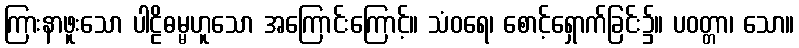
ကြားနာဖူးသော ပါဠိဓမ္မဟူသော အကြောင်းကြောင့်။ သံဝရေ၊ စောင့်ရှောက်ခြင်း၌။ ပဝတ္တာ၊ သော။